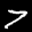
Label: 7